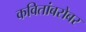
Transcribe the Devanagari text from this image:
कवितांबरोबर